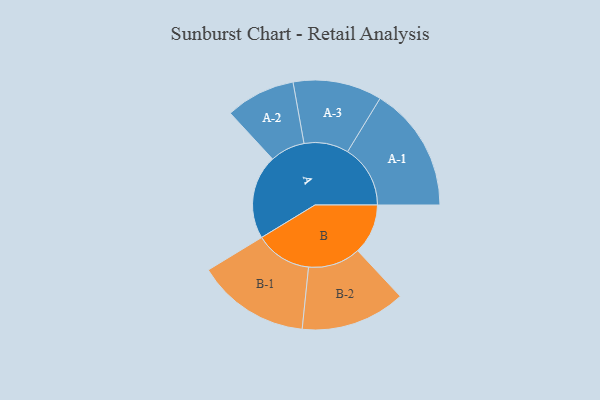
{"axis": {"x": "Segment", "y": "Value"}, "legend": ["", "A", "B"], "data": [{"x": "A", "y": 350, "type": ""}, {"x": "B", "y": 209, "type": ""}, {"x": "A-1", "y": 261, "type": "A"}, {"x": "A-2", "y": 145, "type": "A"}, {"x": "A-3", "y": 185, "type": "A"}, {"x": "B-1", "y": 235, "type": "B"}, {"x": "B-2", "y": 218, "type": "B"}]}